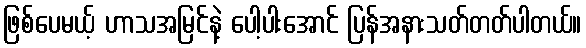
ဖြစ်ပေမယ့် ဟာသအမြင်နဲ့ ပေါ့ပါးအောင် ပြန်အနားသတ်တတ်ပါတယ်။